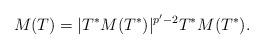
LaTeX: \begin{align*}M(T)=|T^\ast M(T^\ast)|^{p^\prime-2}T^\ast M(T^\ast).\end{align*}